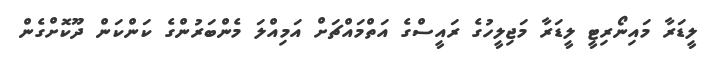
ލީޑަރާ މައިނޯރިޓީ ލީޑަރާ މަޖިލީހުގެ ރައީސްގެ އަތްމައްޗަށް އަމިއްލަ މެންބަރުންގެ ކަންކަން ދޫކޮށްގެން